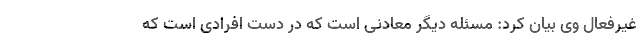
غیرفعال وی بیان کرد: مسئله دیگر معادنی است که در دست افرادی است که